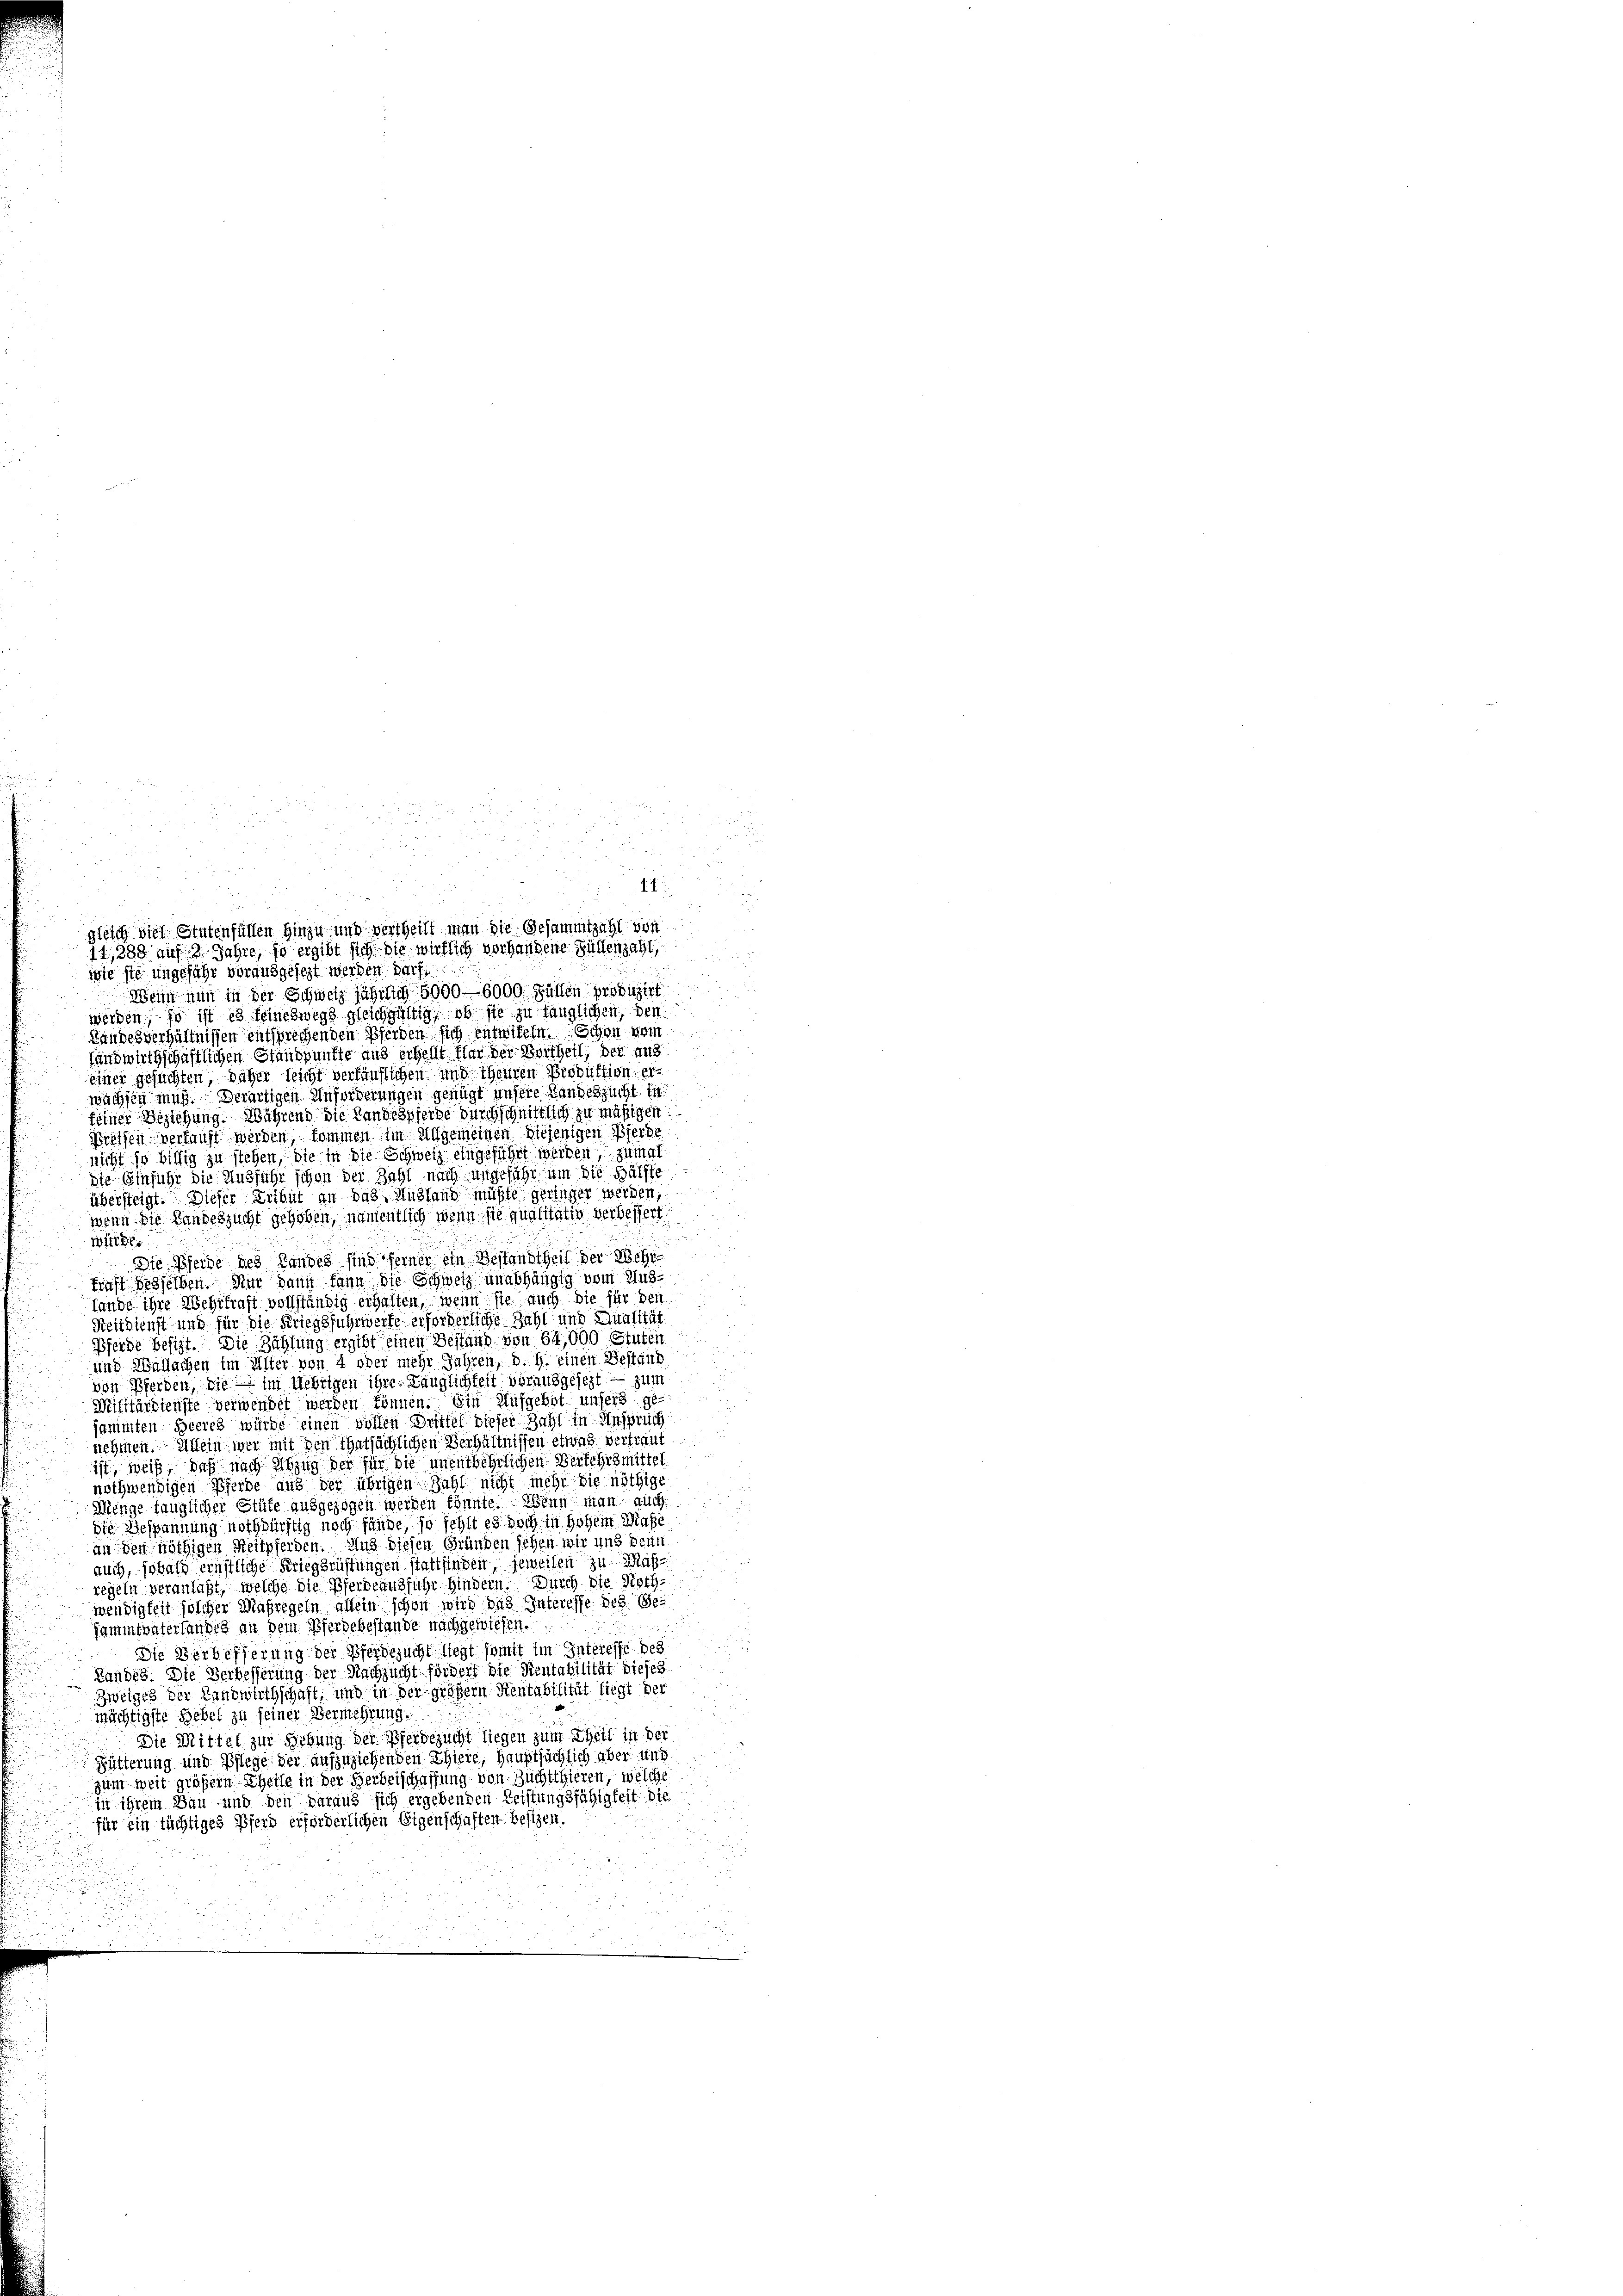
i
gleich die Stutenfällen hinzu und Vertheilt man die Gesammtzahl von
11,288 auf 3 Jahre, so ergibt sich die wirklich vorhandene Füllenzahl
wie sie ungeführ vorausgesezt werden. Darf
2
Wenn nun in der Schweiz jährlich 5000 — 6000 Füllen produzirt
werden, so ist es feineswegs gleichgültig, ob sie zu fänglichen, den
Landesverhältnissen entsprechenden Pferden sich entwiteln. Schon vom
fandwirthschaftlichen Standpunkte aus erhellt klar der Vortheil, der aus
einer gesuchten, daher leicht verfäuflichen und theuren Produktion er
wächsen muß. Derartigen Anforderungen genügt unsere Landeszucht in
feiner Beziehung. Während die Landespferde durchschnittlich zu mäßigen
Preisen verkauft werden, kommen im allgemeinen diejenigen Pferde
nicht so billig zu stehen, die in die Schweiz eingeführt werden, zumal
die Einführ die Ausführ schon der Zahl nach ungefähr um die Hälfte
übersteigt. Dieser Tribut an das Mühland müßte geringet werden,
wenn die Landeszucht gehoben, namentlich wenn sie qualitativ verbessert
würde.
Die Pferde des Landes sind feiner ein Bestandtheil der Wohn
Finst besselben. Nur dann kann die Schweiz unabhängig vom Aus
fande ihre Wehrkraft vollständig erhalten, wenn sie auch die für den
Reitdienst und für die Kriegsfuhrwerfe erforderliche Zahl und Qualität
Pferde besizt. Die Zählung ergibt einen Bestand von 64,000 Stuten
und Wallachen im Alter von 4 oder mehr Jahren, d. h. einen Bestaub
von Pferden, die im Uebrigen ihrer Länglichkeit vorausgesezt — zum
Militärdienste verwendet werden können. Ein Aufgebot unsers gejammten Heeres würde einen vollen Drittel dieser Zahl in Anspruch
nehmen. Allein wer mit den Thatsächlichen Verhältnissen etwas Vertraut
ist, weiß, daß nach Abzug der für die unentbehrlichen Verkehrsmittel
nothwendigen Pferde aus der übrigen Zahl nicht mehr die nöthige
Menge fänglicher Stüte ausgezogen werden könnte. Wenn man auch
die Bespannung nothdürftig noch fände, so fehlt es noch in Hohen Masse
an den nöthigen Reitpferden. Aus diesen Gründen sehen wir und denn
auch, sobald ernstliche Kriegsrüstungen stattfinden, jeweiten zu Maßregeln veranlaßt, welche die Pferdeausführ hindern. Durch die Noth-
wendigkeit solcher Maßregeln allein schon wird das Interesse des Ge¬
Gammfväterländig an dem Pferdebestande nachgewiesen.
Die Verbesserung der Pferdezucht liegt somit im Interesse des
Landes. Die Verbesserung der Nachsucht fördert die Rentabilität dieses
Zweiges der Landwirthschaft, und in der größern Rentabilität liegt der
mächtigste Hebel zu seiner Vermehrung.
Die Mittel zur Gebung der Pferdezucht liegen zum Theil in der
Fütterung und Pflege der aufzuziehenden Thiere, Hauptsächlich aber uns
zum weit größern Theile in der Herbeischaffung von Zuchtthieren, welche
in ihrem Dan und den daraus sich ergebenden Leistungsfähigkeit die
für ein tüchtiges Pferd erforderlichen Eigenschaften besizen.

i
u
d

2

1